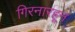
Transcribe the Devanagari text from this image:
गिरनारहून